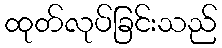
ထုတ်လုပ်ခြင်းသည်